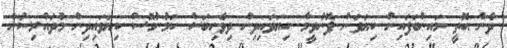
ދެން އޮތީ މައިންބަފައިން ކިޔަވަން ފޮނުވީމާ ކިޔަވައިދިން ދިވެހިބަސް ކަމުނުގޮސް ކިޔަވައިދިން މުދައްރިސުން